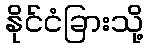
နိုင်ငံခြားသို့